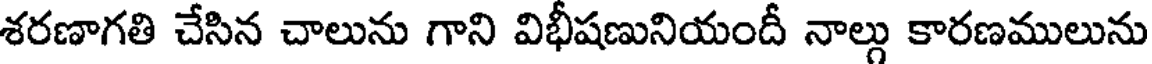
శరణాగతి చేసిన చాలును గాని విభీషణునియందీ నాల్గు కారణములును